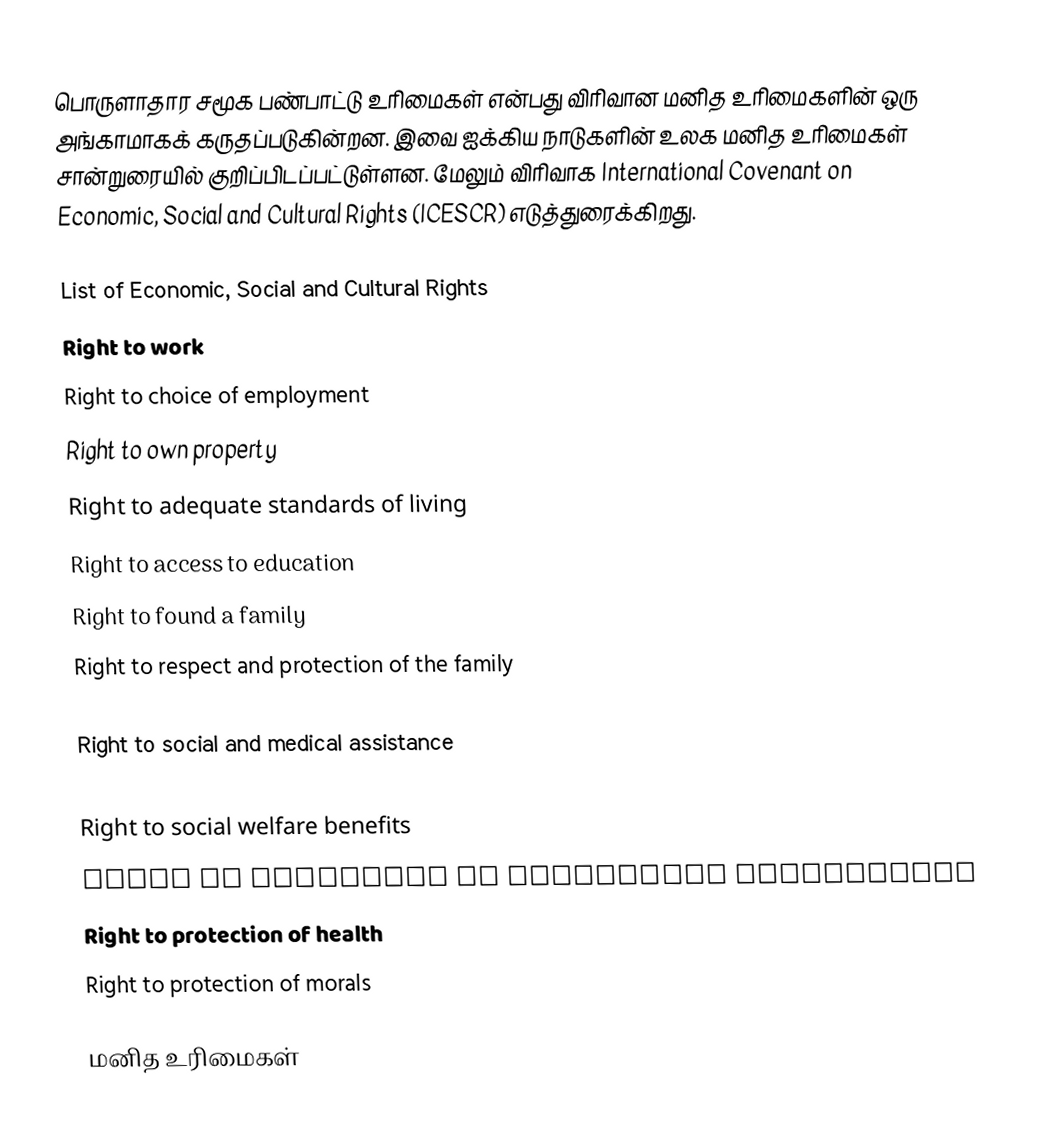
பொருளாதார சமூக பண்பாட்டு உரிமைகள் என்பது விரிவான மனித உரிமைகளின் ஒரு அங்காமாகக் கருதப்படுகின்றன.  இவை ஐக்கிய நாடுகளின் உலக மனித உரிமைகள் சான்றுரையில் குறிப்பிடப்பட்டுள்ளன.  மேலும் விரிவாக International Covenant on Economic, Social and Cultural Rights (ICESCR) எடுத்துரைக்கிறது.

List of Economic, Social and Cultural Rights
Right to work
Right to choice of employment
Right to own property
Right to adequate standards of living
Right to access to education
Right to found a family
Right to respect and protection of the family
Right to social security
Right to social and medical assistance
Right to adequate nutrition
Right to social welfare benefits
Right to enjoyment of scientific advancement
Right to protection of health
Right to protection of morals

மனித உரிமைகள்